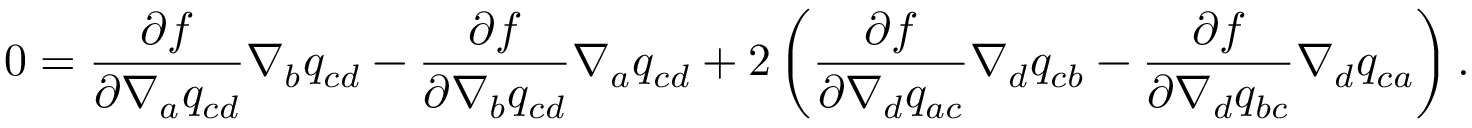
0 = \frac { \partial f } { \partial \nabla _ { a } q _ { c d } } \nabla _ { b } q _ { c d } - \frac { \partial f } { \partial \nabla _ { b } q _ { c d } } \nabla _ { a } q _ { c d } + 2 \left( \frac { \partial f } { \partial \nabla _ { d } q _ { a c } } \nabla _ { d } q _ { c b } - \frac { \partial f } { \partial \nabla _ { d } q _ { b c } } \nabla _ { d } q _ { c a } \right) .